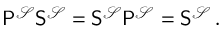
\begin{array} { r } { \mathsf { P } ^ { \mathcal { S } } \mathsf { S } ^ { \mathcal { S } } = \mathsf { S } ^ { \mathcal { S } } \mathsf { P } ^ { \mathcal { S } } = \mathsf { S } ^ { \mathcal { S } } \, . } \end{array}